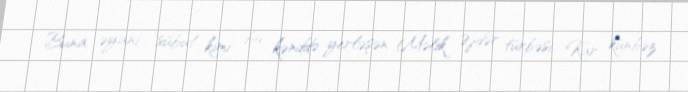
Buna əyani sübut kimi bu kənddə yerləşən Məlik Əjdər türbəsi, Kar künbəz